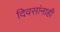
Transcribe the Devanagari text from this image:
दिवसांनाही